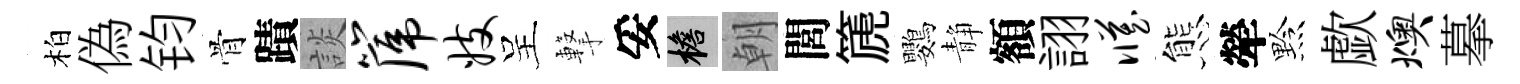
柏偽钧骨蹟談篪妓呈撃妥檐朝閭篪鸚静額詡臧態犖黔歔燠摹